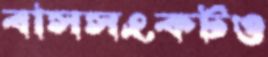
বাসসংকটও